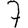
Digit: 7